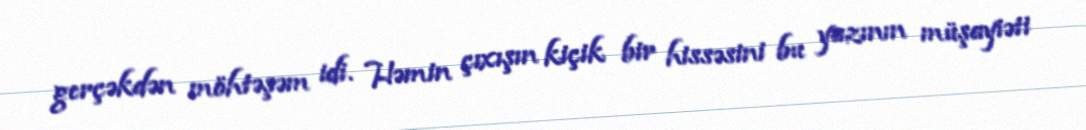
gerçəkdən möhtəşəm idi. Həmin çıxışın kiçik bir hissəsini bu yazının müşayiəti